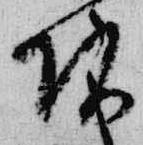
頭